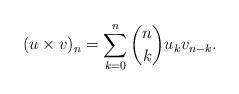
LaTeX: \begin{align*}(u\times v)_n=\sum_{k=0}^n \binom{n}{k}u_k v_{n-k}.\end{align*}